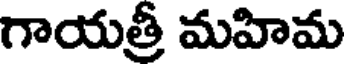
గాయత్రీ మహిమ